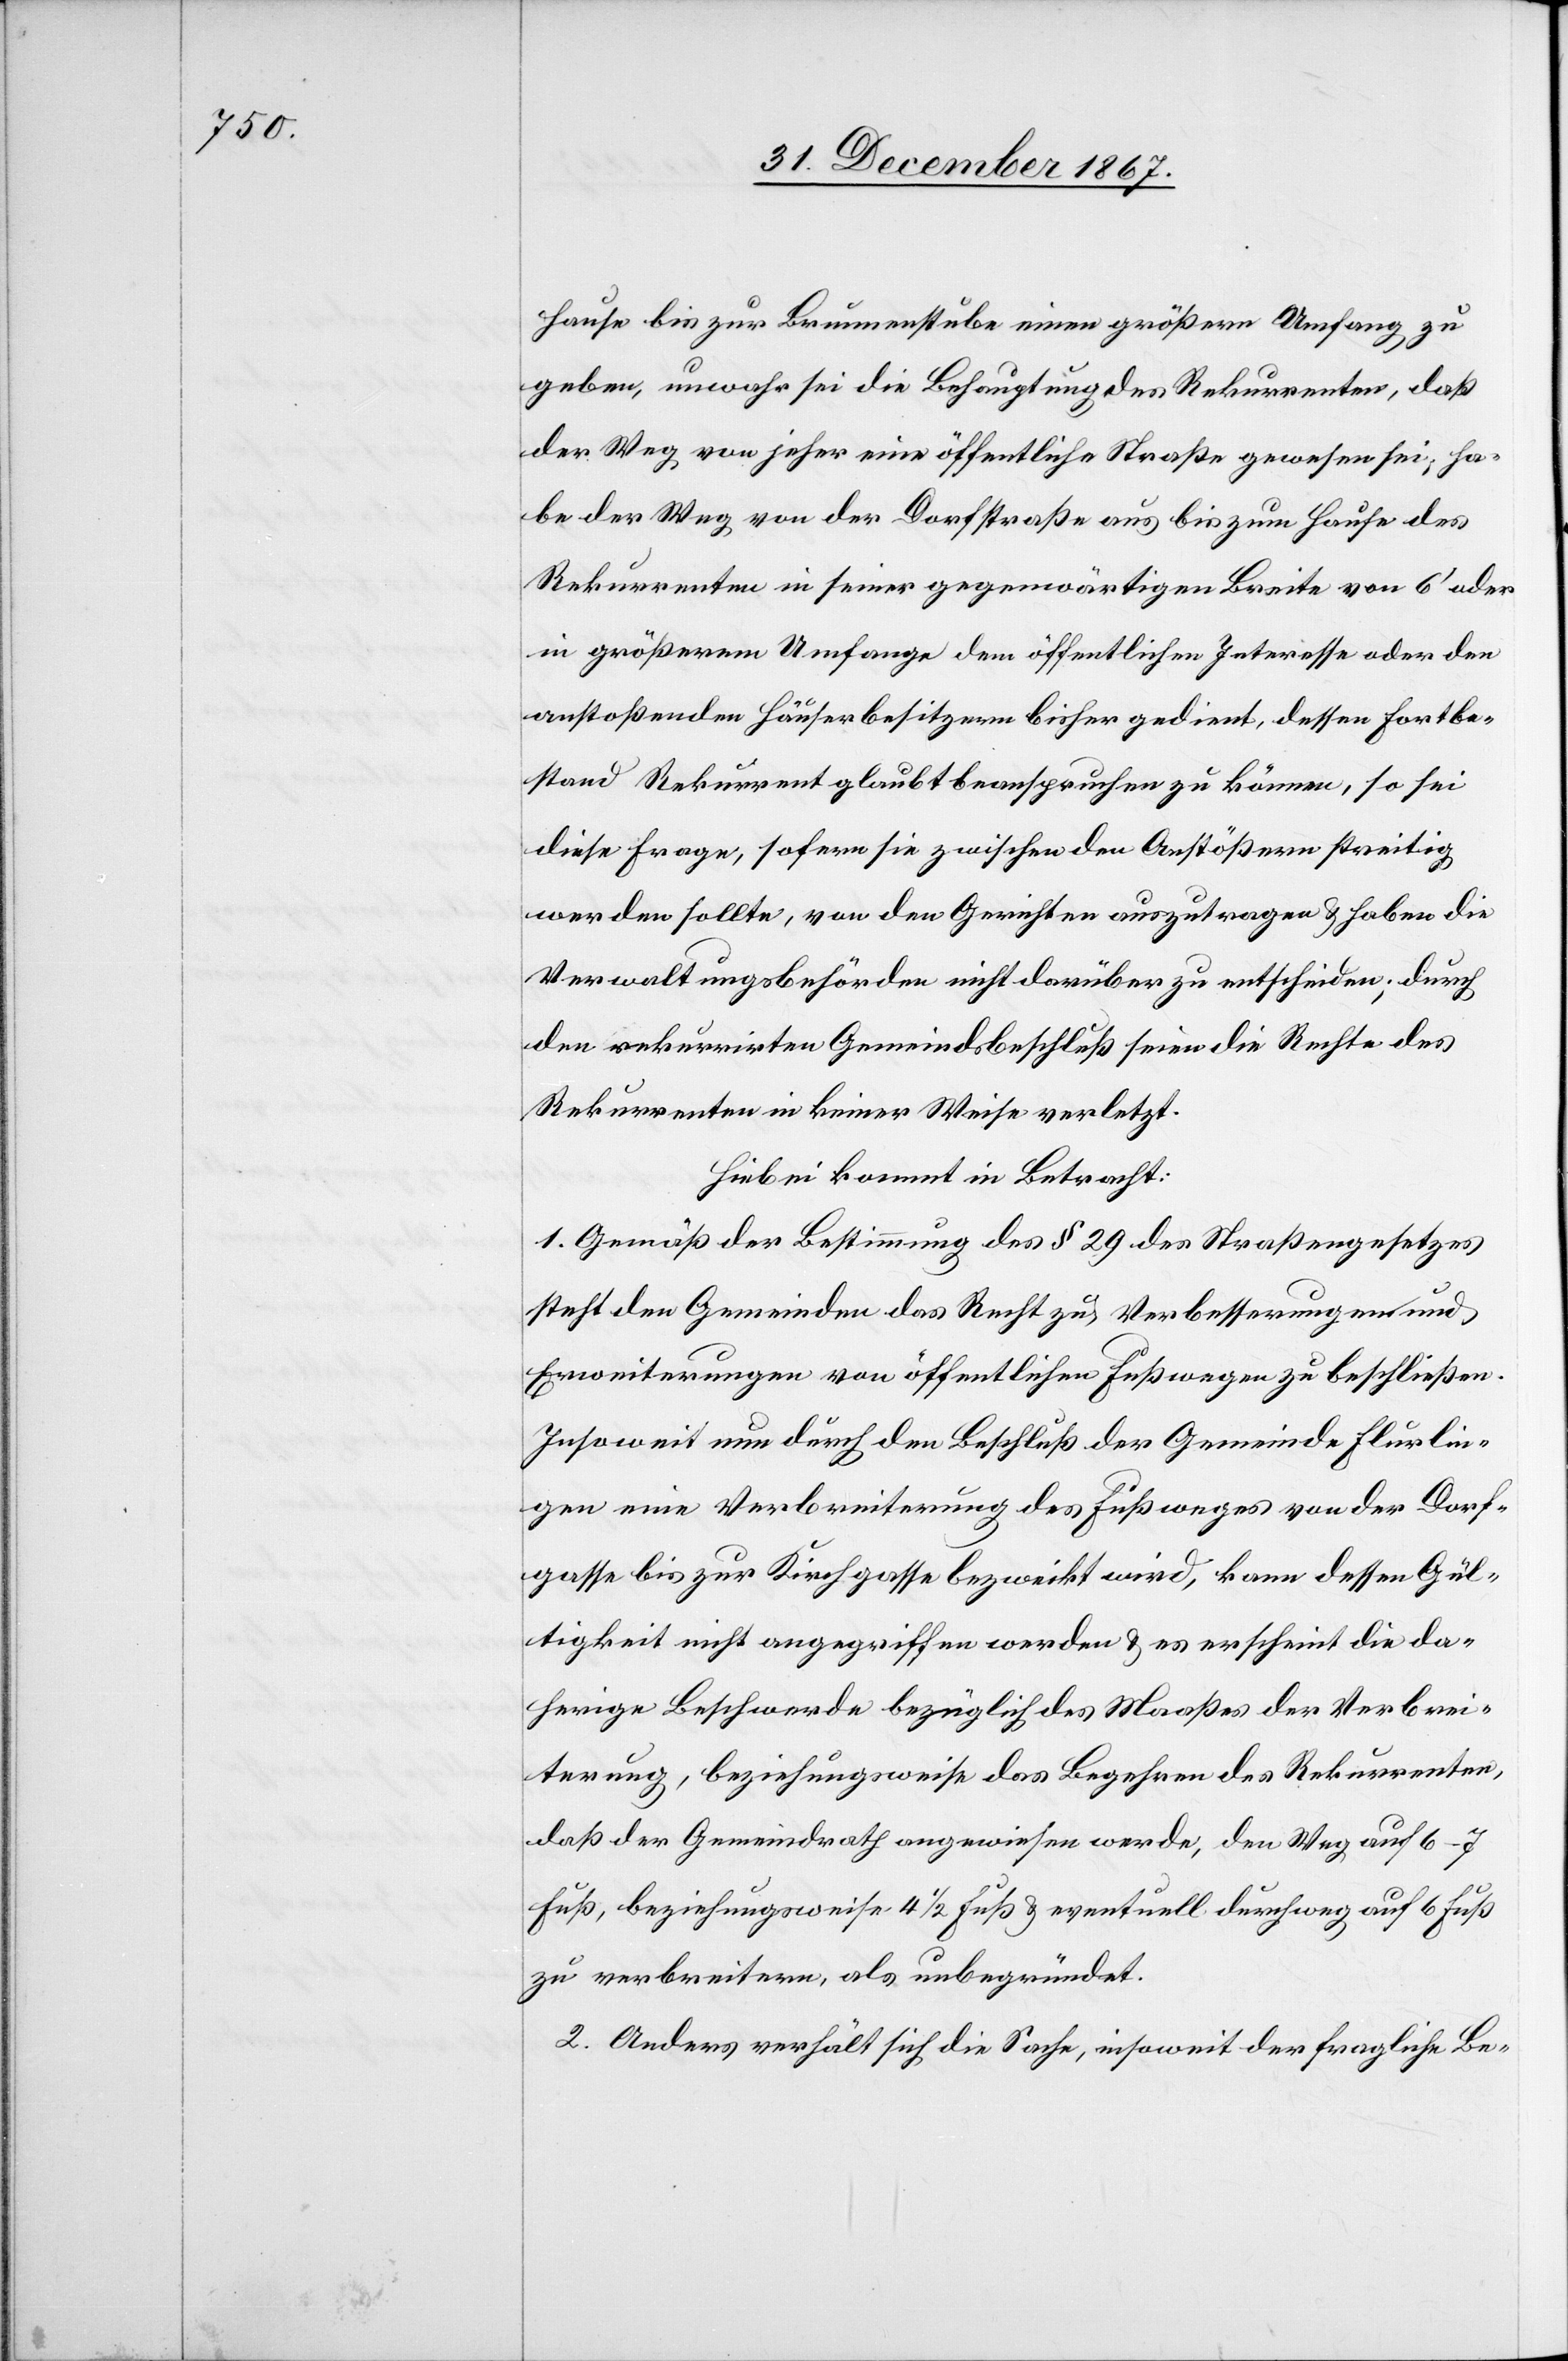
hause bis zur Brunnenstube einen größern Umfang zu
geben, unwahr sei die Behauptung des Rekurrenten, daß
der Weg von jeher eine öffentliche Straße gewesen sei; ha¬
be der Weg von der Dorfstraße aus bis zu Hause des
Rekurrenten in seiner gegenwärtigen Breite von 6‘ oder
in größerem Umfange dem öffentlichen Interesse oder den
anstoßenden Häuserbesitzern bisher gedient, dessen Fortbe¬
stand Rekurrent glaubt beanspruchen zu können, so sei
diese Frage, sofern sie zwischen den Anstößern streitig
werden sollte, von den Gerichten auszutragen u. haben die
Verwaltungsbehörden nicht darüber zu entscheiden; durch
den rekurrirten Gemeindsbeschluß seien die Rechte des
Rekurrenten in keiner Weise verletzt.
Hiebei kommt in Betracht:
1. Gemäß der Bestimmung des § 29 des Straßengesetzes
steht den Gemeinden das Recht zu, Verbesserungen und
Erweiterungen von öffentlichen Fußwegen zu beschließen.
Insoweit nun durch den Beschluß der Gemeinde Flurlin¬
gen eine Verbreiterung des Fußweges von der Dorf¬
gasse bis zur Kirchgasse bezweckt wird, kann dessen Gül¬
tigkeit nicht angegriffen werden u. es erscheint die da¬
herige Beschwerde bezüglich des Maaßes der Verbrei¬
terung, beziehungsweise des Begehrens des Rekurrenten,
daß der Gemeindrath angewiesen werde, den Weg auf 6–7
Fuß, beziehungsweise 41/2 Fuß u. eventuell durchwegs auf 6 Fuß
zu verbreitern, als unbegründet.
2. Anders verhält sich die Sache, insoweit der fragliche Be-